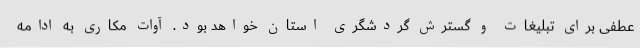
عطفی برای تبلیغات و گسترش گردشگری استان خواهد بود. آوات مکاری به ادامه